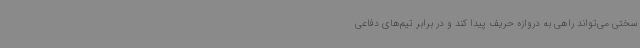
سختی می‌تواند راهی به دروازه حریف پیدا کند و در برابر تیم‌های دفاعی